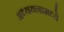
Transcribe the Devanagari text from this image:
अध्ययनामध्ये